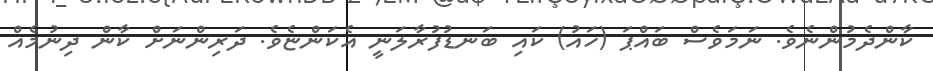
ކާންދެމުންނެވެ. ނަމަވެސް ބައްޕަ (ހައު) ކައި ބަނޑުފުރާލަނީ އެކަންޏެވެ. ދަރިންނަށް ކާން ދިނުމެއް